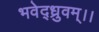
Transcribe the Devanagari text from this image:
भवेद्ध्रुवम्।।